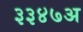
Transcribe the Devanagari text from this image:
३३४७अ